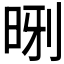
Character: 𪰝